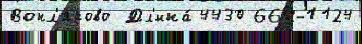
Вонл'ярово Дл'ина́ 4430 66Н-1124